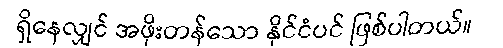
ရှိနေလျှင် အဖိုးတန်သော နိုင်ငံပင် ဖြစ်ပါတယ်။